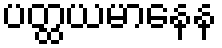
ပတ္ထယမာနေန